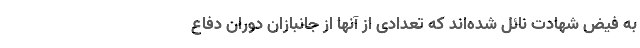
به فیض شهادت نائل شده‌اند که تعدادی از آنها از جانبازان دوران دفاع